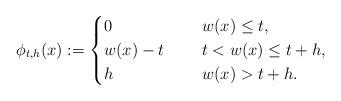
LaTeX: \begin{align*}\phi_{t,h}(x):=\begin{cases}0\ \ \ \ \ \ \ \ \ \ \ \ &\ w(x)\le t,\\w(x)-t\ \ \ &\ t<w(x)\le t+h,\\h\ \ \ \ \ \ \ \ \ \ \ \ &\ w(x)>t+h.\end{cases}\end{align*}